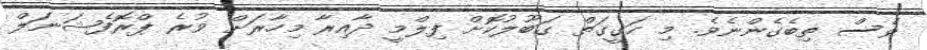
ވެސް ތިބެގެންނެވެ. މި ހަގީގަތް ގަބޫލުކޮށް ފިލްމީ ދާއިރާ މިހާރަށް ވުރެ ޕްރޮފެޝަނަލް